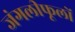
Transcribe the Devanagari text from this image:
जंगलीफूलों